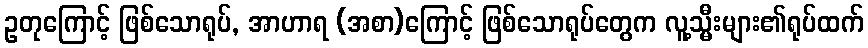
ဥတုကြောင့် ဖြစ်သောရုပ်, အာဟာရ (အစာ)ကြောင့် ဖြစ်သောရုပ်တွေက လူ့သ္မီးများ၏ရုပ်ထက်